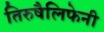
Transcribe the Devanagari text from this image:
तिरुषैलिफेनी